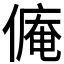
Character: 𱏋